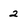
Character: 2